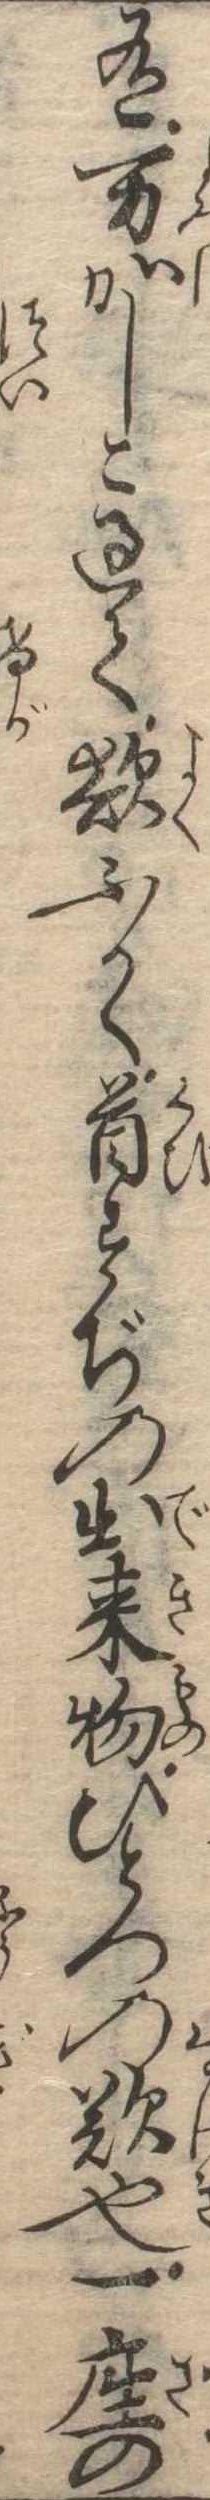
有万かしこ過て欲ふかく首すぢの出来物ひとつの歎也一座の